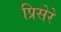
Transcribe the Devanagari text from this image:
प्रिसेरे